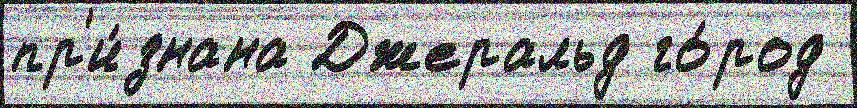
пр'и́знана Джеральд го́род